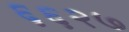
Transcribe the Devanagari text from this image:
६६२७